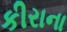
કીરાના